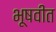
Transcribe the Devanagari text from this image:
भूषवीत